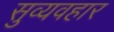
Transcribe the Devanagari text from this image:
सुव्यवहार